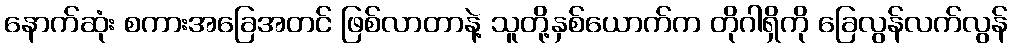
နောက်ဆုံး စကားအခြေအတင် ဖြစ်လာတာနဲ့ သူတို့နှစ်ယောက်က တိုဂါရှိကို ခြေလွန်လက်လွန်